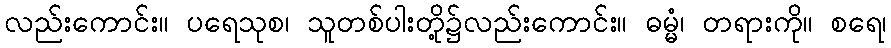
လည်းကောင်း။ ပရေသုစ၊ သူတစ်ပါးတို့၌လည်းကောင်း။ ဓမ္မံ၊ တရားကို။ စရေ၊